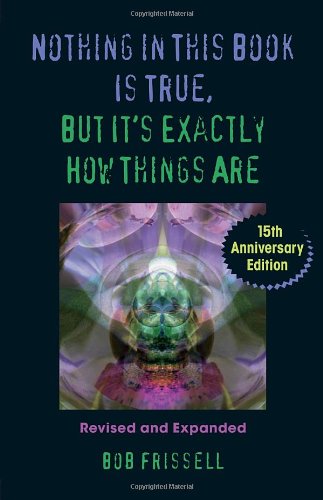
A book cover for Nothing in This Book Is True, But It's Exactly How Things Are, 15th Anniversary Edition; Bob Frissell; Science & Math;